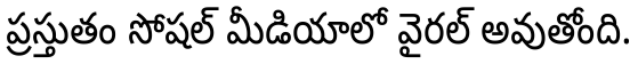
ప్రస్తుతం సోషల్ మీడియాలో వైరల్ అవుతోంది.